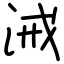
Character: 㳦